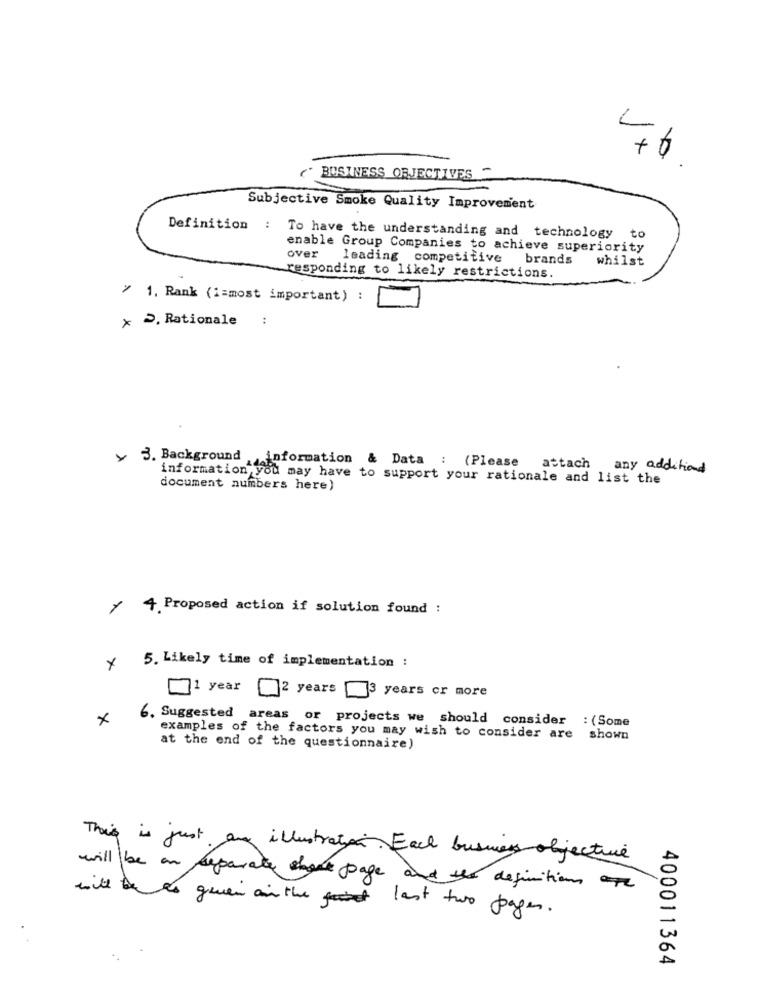
V
1
BUSINESS OBJECTIVES
Subjective Smoke Quality Improvement
Definition :
To have the understanding and technology to
enable Group Companies to achieve superiority
over
leading competitive brands
whilst
responding to likely restrictions.
/ 1. Rank (i=most important) :
× 2. Rationale
:
y 3. Background
information & Data : (Please
attach any additional
information you may have to support your rationale and list the
document numbers here)
4. Proposed action if solution found :
5. Likely time of implementation :
×
1 year []2 years
3 years or more
6. Suggested areas or projects we should consider : (Some
examples of the factors you may wish to consider are shown
at the end of the questionnaire)
This is just any illustration. Each busness objective
will be an separate shock page and the definition
will be ao geven and the last two pagen.
400011364